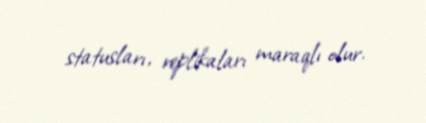
statusları, replikaları maraqlı olur.